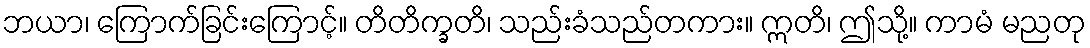
ဘယာ၊ ကြောက်ခြင်းကြောင့်။ တိတိက္ခတိ၊ သည်းခံသည်တကား။ ဣတိ၊ ဤသို့။ ကာမံ မညတု